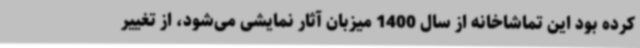
کرده بود این تماشاخانه از سال 1400 میزبان آثار نمایشی می‌شود، از تغییر